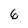
Character: 6